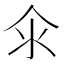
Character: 𱥯